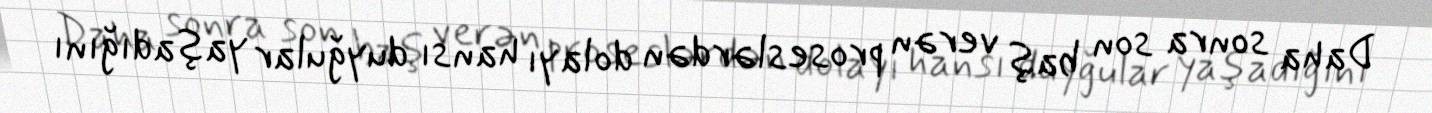
Daha sonra son baş verən proseslərdən dolayı hansı duyğular yaşadığını